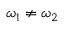
\omega _ { 1 } \neq \omega _ { 2 }